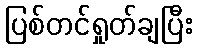
ပြစ်တင်ရှုတ်ချပြီး